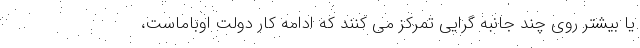
یا بیشتر روی چند جانبه گرایی تمرکز می کنند که ادامه کار دولت اوباماست،